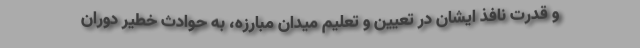
و قدرت نافذ ایشان در تعیین و تعلیم میدان مبارزه، به حوادث خطیر دوران